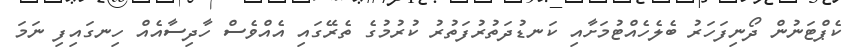
ކެޕްޓަނުން ދޯނިފަހަރު ބެލެހެއްޓުމަށާއި ކަނޑުދަތުރުފަތުރު ކުރުމުގެ ތެރޭގައި އެއްވެސް ހާދިސާއެއް ހިނގައިފި ނަމަ